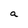
Character: a